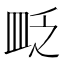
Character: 𥁔